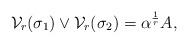
LaTeX: \begin{align*}\mathcal{V}_r(\sigma_1)\vee \mathcal{V}_r(\sigma_2)=\alpha^{\frac1r}A,\end{align*}